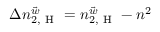
\Delta n _ { 2 , \mathrm { ~ H ~ } } ^ { \vec { w } } = n _ { 2 , \mathrm { ~ H ~ } } ^ { \vec { w } } - n ^ { 2 }